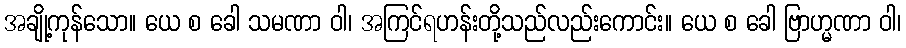
အချို့ကုန်သော။ ယေ စ ခေါ သမဏာ ဝါ၊ အကြင်ရဟန်းတို့သည်လည်းကောင်း။ ယေ စ ခေါ ဗြာဟ္မဏာ ဝါ၊